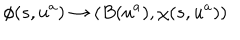
LaTeX: \phi ( s , u ^ { a } ) \rightarrow \left( B ( u ^ { a } ) , \chi ( s , u ^ { a } ) \right)